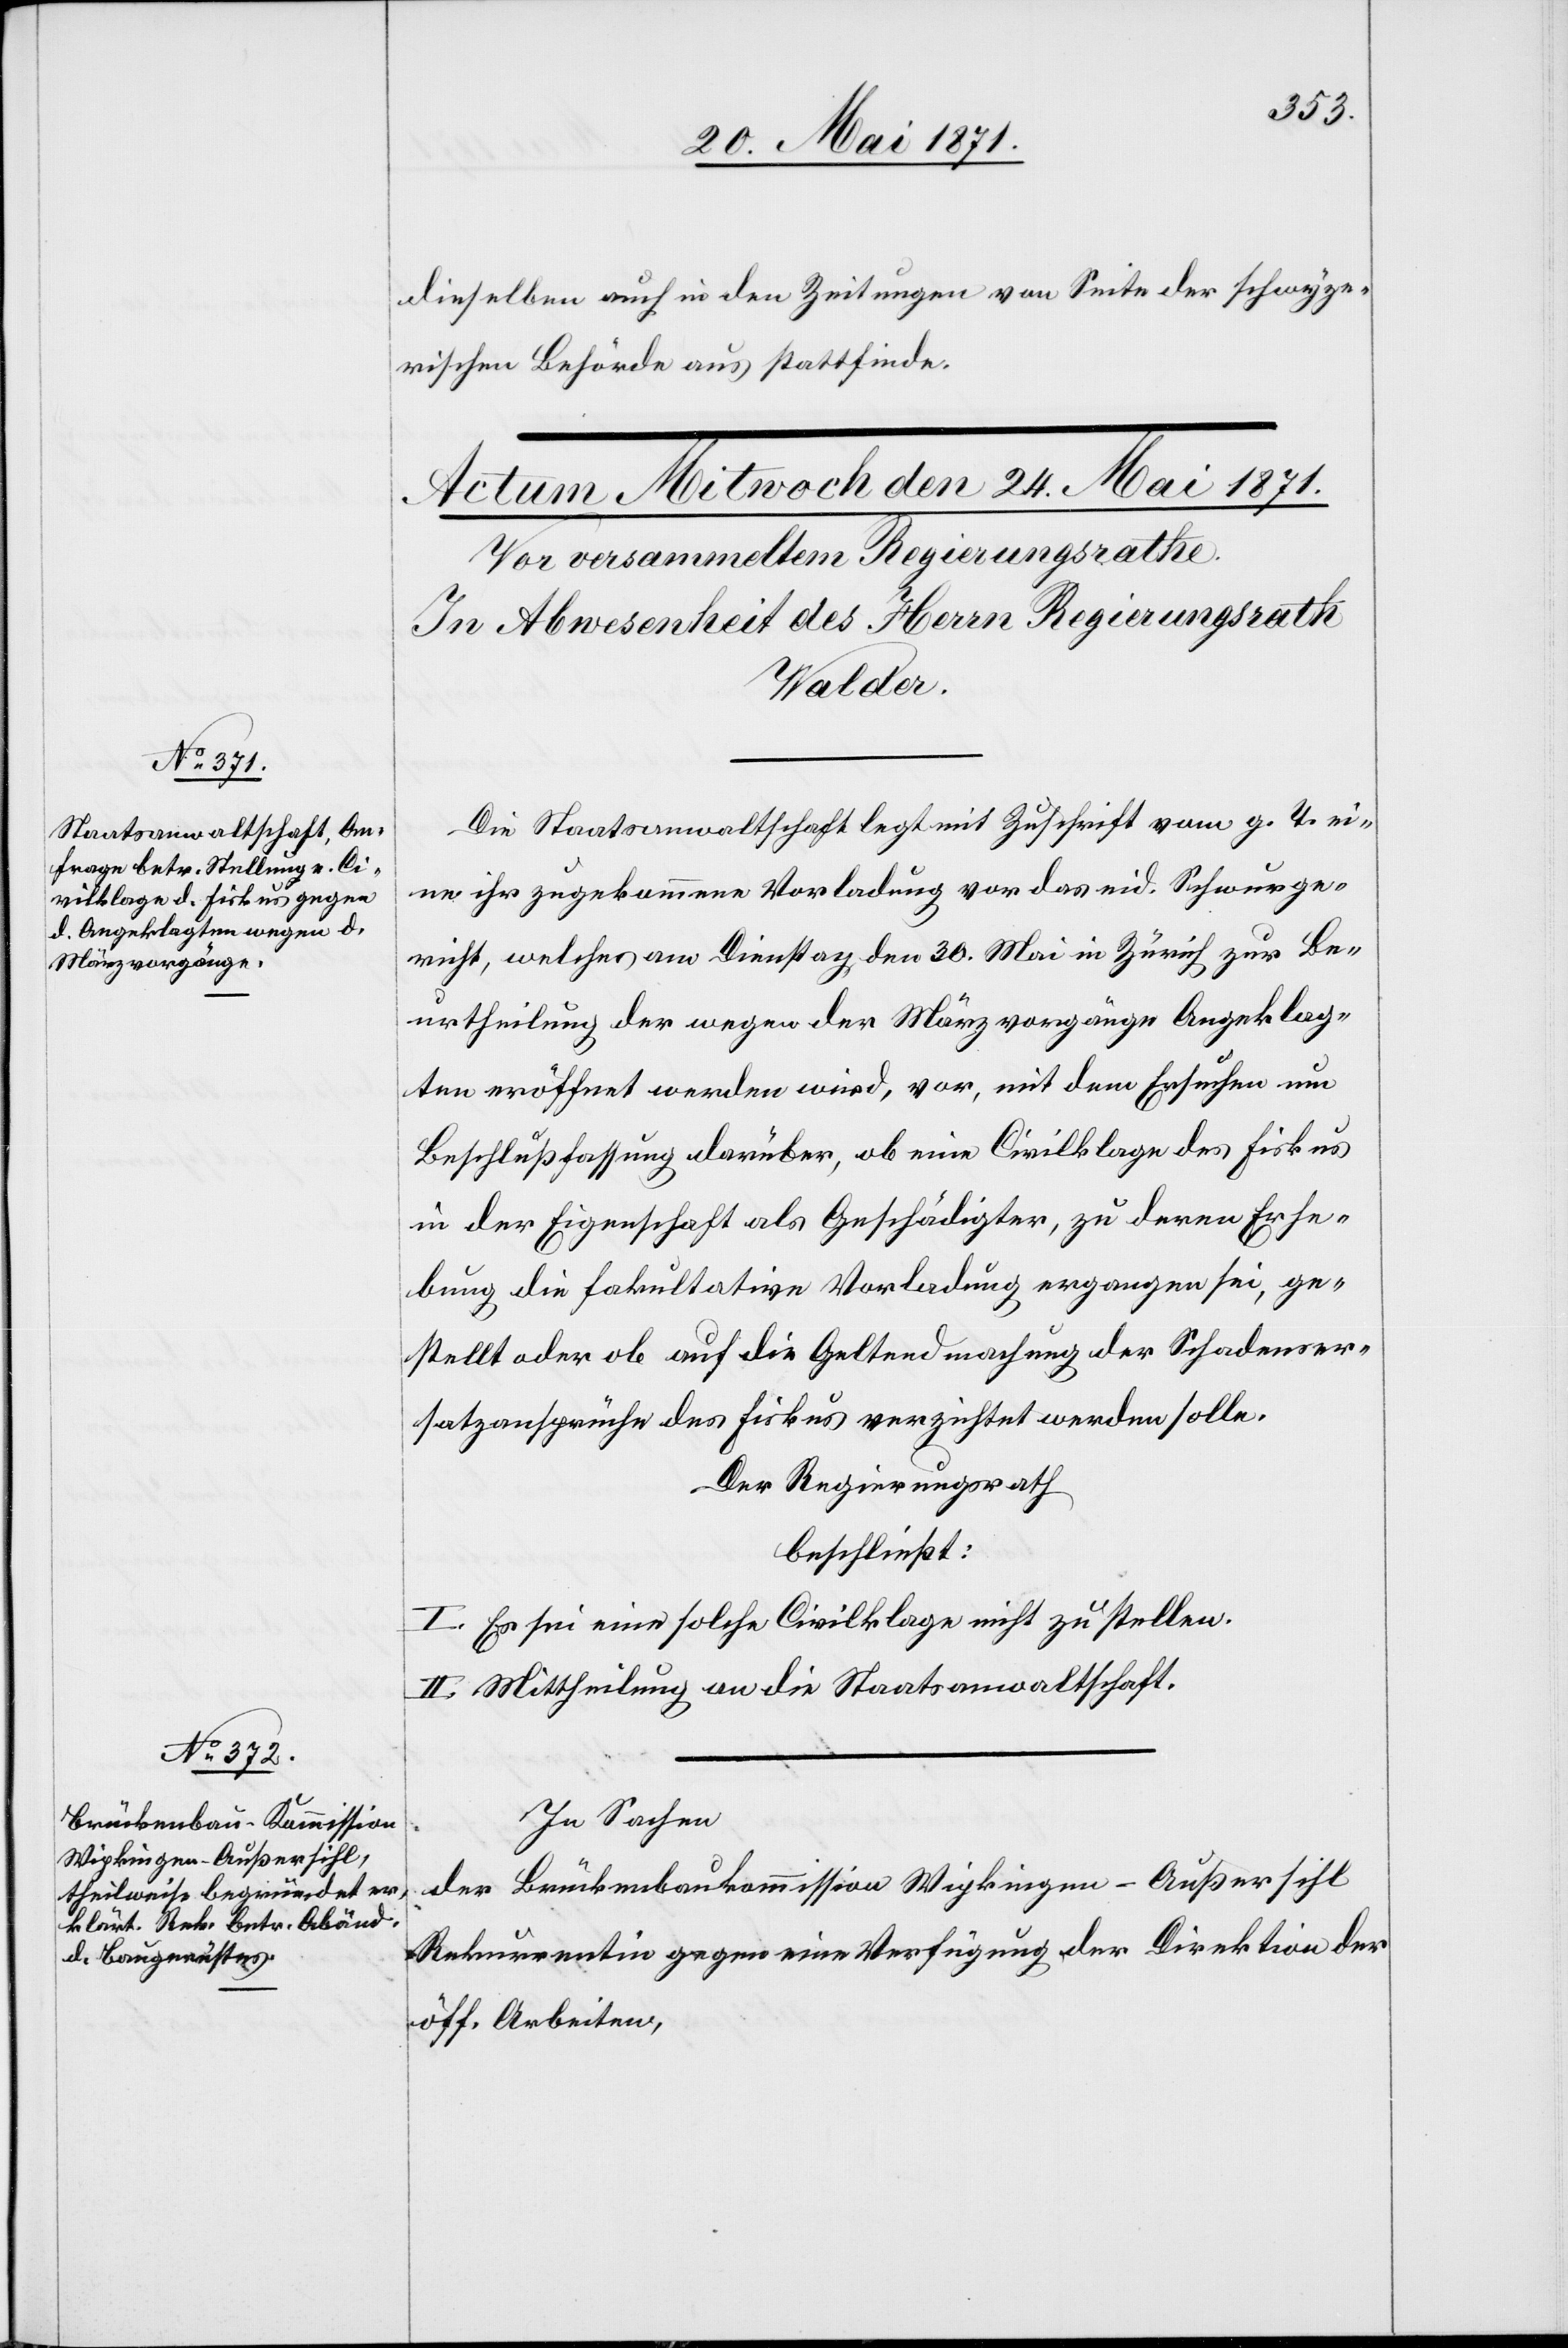
dieselbe auch in den Zeitungen von Seite der schwyze¬
rischen Behörde aus stattfinde.
Die Staatsanwaltschaft legt mit Zuschrift vom g. T. ei¬
ne ihr zugekommene Vorladung vor das eid. Schwurge¬
richt, welches am Dienstag den 30. Mai in Zürich zur Be¬
urtheilung der wegen der Märzvorgänge Angeklag¬
ten eröffnet werden wird, vor, mit dem Ersuchen um
Beschlußfassung darüber, ob eine Civilklage des Fiskus
in der Eigenschaft als Geschädigter, zu deren Erhe¬
bung die fakultative Vorladung ergangen sei, ge¬
stellt oder ob auf die Geltendmachung der Schadener¬
satzansprüche des Fiskus verzichtet werden solle.
Der Regierungsrath
beschließt:
I. Es sei eine solche Civilklage nicht zu stellen.
II. Mittheilung an die Staatsanwaltschaft.
In Sachen
Brückenbaukommission Wipkingen-Außersihl
der
Rekurrentin gegen eine Verfügung der Direktion der
öff. Arbeiten,